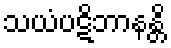
သယံပဋိဘာနန္တိ